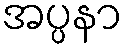
အပ္ပနာ